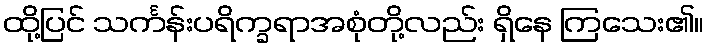
ထို့ပြင် သင်္ကန်းပရိက္ခရာအစုံတို့လည်း ရှိနေ ကြသေး၏။